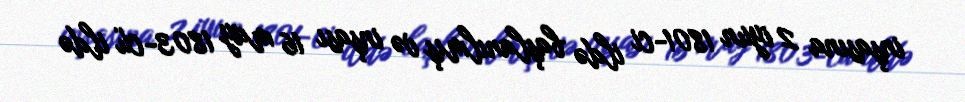
inşasına 2 iyun 1801-ci ildə başlanılmış və inşası 16 may 1803-cü ildə